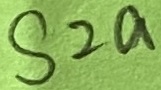
Text: S2a